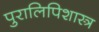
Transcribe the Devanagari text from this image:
पुरालिपिशास्त्र